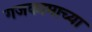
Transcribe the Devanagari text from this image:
गजकामाच्या